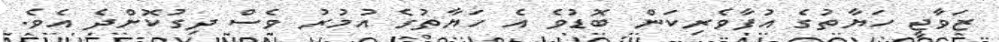
ޒަވާޖީ ހަޔާތުގެ އުފާވެރިކަން ބޮޑުވެ އެ ހަޔާތުގެ އުމުރު ވެސް ދިގުކޮށްދެ އެވެ.